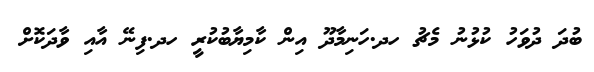
ބުދަ ދުވަހު ކުޅުނު މެޗު ހދ.ހަނިމާދޫ އިން ކާމިޔާބުކުރީ ހދ.ފިނޭ އާއި ވާދަކޮށް